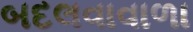
બદલવાવાળા